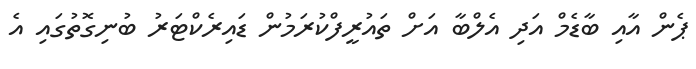
ޕެން އާއި ބާޑެމް އަދި އެލްބާ އަށް ތައުރީފްކުރަމުން ޑައިރެކްޓަރު ބުނިގޮތުގައި އެ